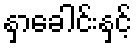
နှာခေါင်းနှင့်